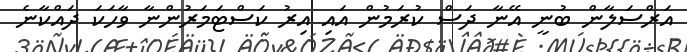
އަރްސަލާން ބުނީ އޭނާ ދަސް ކުރަމުން އައި އިރު ކަސްޓަމަރުންނާ ވާހަކަ ދައްކާނެ